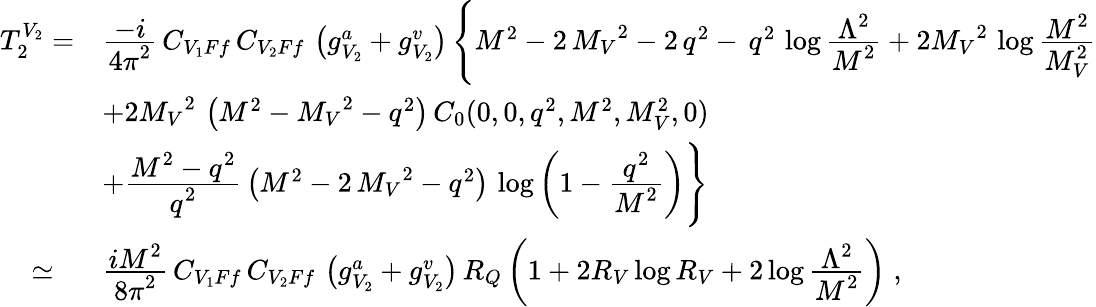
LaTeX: \begin{array}{ll}{{T_{2}^{V_{2}}=}}&{{\frac{\displaystyle-i}{\displaystyle 4\pi^{2}}\, C_{V_{1}Ff}\, C_{V_{2}Ff}\, \left(g_{V_{2}}^{a}+g_{V_{2}}^{v}\right)\, \Biggl\{ {M^{2}}-2\, {{M_{V}}^{2}}-2\, {q^{2}}-\, {q^{2}}\, \log\frac{\displaystyle\Lambda^{2}}{\displaystyle M^{2}}+2{{M_{V}}^{2}}\, \log\frac{\displaystyle M^{2}}{\displaystyle M_{V}^{2}}}}\\ {{}}&{{+2{{M_{V}}^{2}}\, \left({M^{2}}-{{M_{V}}^{2}}-{q^{2}}\right)\, C_{0}(0,0,q^{2},M^{2},M_{V}^{2},0)}}\\ {{}}&{{+\frac{\displaystyle M^{2}-q^{2}}{\displaystyle q^{2}}\, \left({M^{2}}-2\, {{M_{V}}^{2}}-{q^{2}}\right)\, \log\left(1-\frac{\displaystyle q^{2}}{\displaystyle M^{2}}\right)\Biggr\} }}\\ {{\; \; \; \; \simeq}}&{{\frac{\displaystyle iM^{2}}{\displaystyle 8\pi^{2}}\, C_{V_{1}Ff}\, C_{V_{2}Ff}\, \left(g_{V_{2}}^{a}+g_{V_{2}}^{v}\right)\, R_{Q}\left(1+2R_{V}\log R_{V}+2\log\frac{\displaystyle\Lambda^{2}}{\displaystyle M^{2}}\right)\; ,}}\end{array}